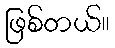
ဖြစ်တယ်။